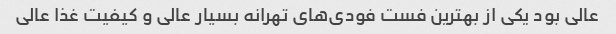
عالی بود یکی از بهترین فست فودی‌های تهرانه بسیار عالی و کیفیت غذا عالی